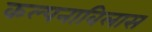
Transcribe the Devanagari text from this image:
कल्पनाविलास